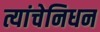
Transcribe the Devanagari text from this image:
त्यांचेनिधन